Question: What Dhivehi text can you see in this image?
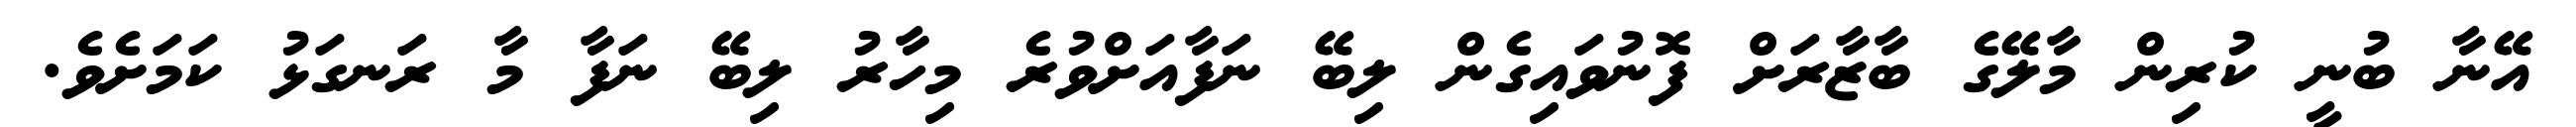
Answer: އޭނާ ބުނީ ކުރިން މާލޭގެ ބާޒާރަށް ފޮނުވައިގެން ލިބޭ ނަފާއަށްވުރެ މިހާރު ލިބޭ ނަފާ މާ ރަނގަޅު ކަމަށެވެ.